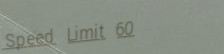
Speed Limit 60